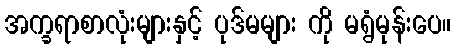
အက္ခရာစာလုံးများနှင့် ပုဒ်မများ ကို မရွံမုန်းပေ။